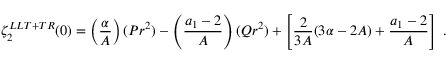
\zeta _ { 2 } ^ { L L T + T R } ( 0 ) = \left( \frac { \alpha } { A } \right) ( P r ^ { 2 } ) - \left( \frac { a _ { 1 } - 2 } { A } \right) ( Q r ^ { 2 } ) + \left[ \frac { 2 } { 3 A } ( 3 \alpha - 2 A ) + \frac { a _ { 1 } - 2 } { A } \right] \ .